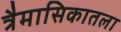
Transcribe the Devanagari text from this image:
त्रैमासिकातला